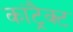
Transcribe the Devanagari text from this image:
कांट्रैक्ट